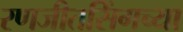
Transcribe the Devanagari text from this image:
रणजीतसिंगच्या